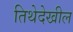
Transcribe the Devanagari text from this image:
तिथेदेखील